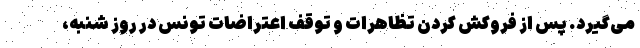
می‌گیرد. پس از فروکش کردن تظاهرات و توقف اعتراضات تونس در روز شنبه،